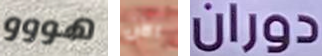
هووو الآن دوران